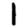
Digit: 1